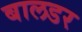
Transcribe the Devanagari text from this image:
बालडर